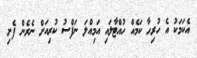
އެކަމަކު އެ ހުރިހާ ކަމެއް ހުއްޓާލައި އަމިއްލަ ނަފްސު ކުރިއަށް ނެރެން ފެށި